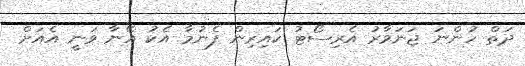
ދަތް ހުންނަ ޖަނަވާރު އެރިސޯޓު ކައިރިން ފެނުމާ އެކު އޭނާ ވަނީ އެއަށް